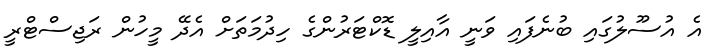
އެ އުސޫލުގައި ބުނެފައި ވަނީ އާއިލީ ޑޮކްޓަރުންގެ ހިދުމަތަށް އެދޭ މީހުން ރަޖިސްޓްރީ